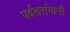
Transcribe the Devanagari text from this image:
पर्वतरांगानी